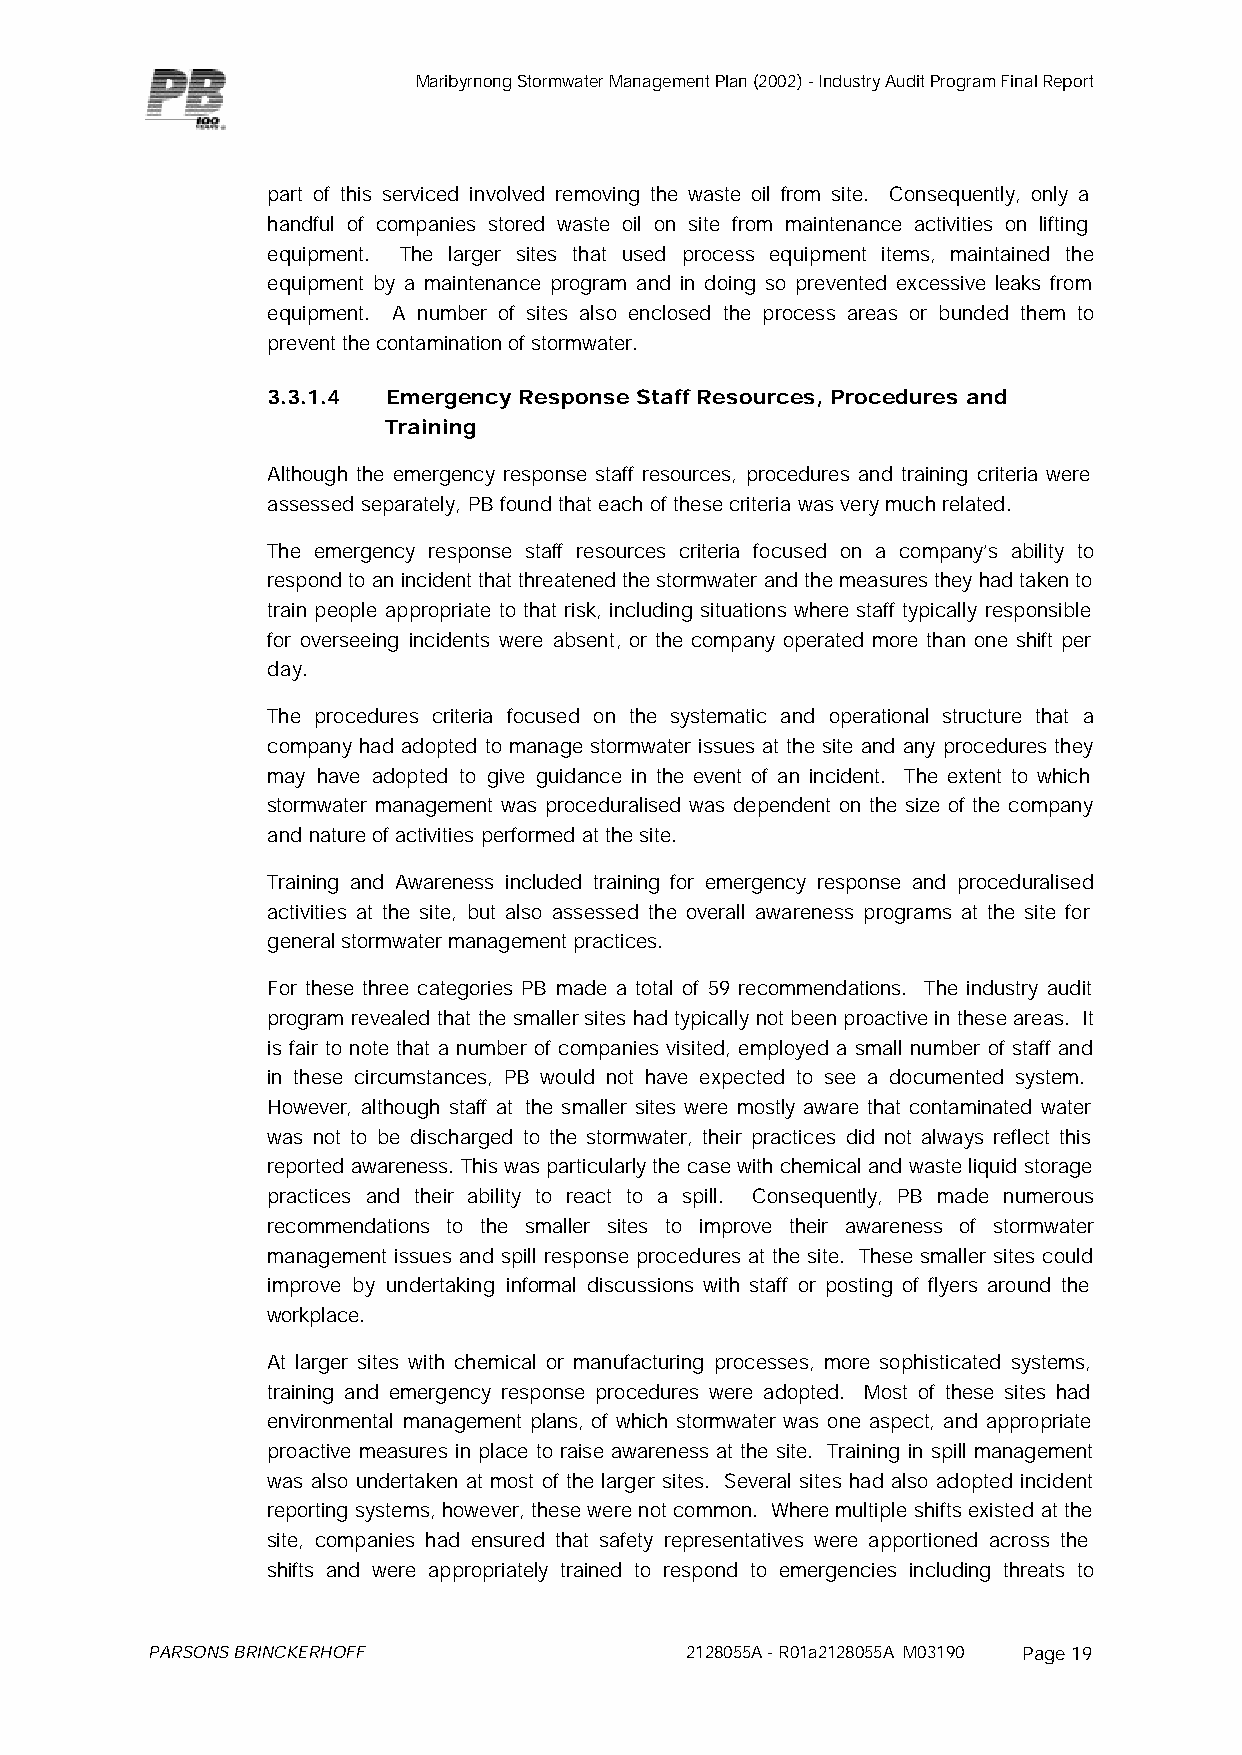
Maribyrnong Stormwater Management Plan (2002) - Industry Audit Program Final Report
 part of this serviced involved removing the waste oil from site. Consequently, only a
 handful of companies stored waste oil on site from maintenance activities on lifting
 equipment. The larger sites that used process equipment items, maintained the
 equipment by a maintenance program and in doing so prevented excessive leaks from
 equipment. A number of sites also enclosed the process areas or bunded them to
 prevent the contamination of stormwater.
 3.3.1.4 Emergency Response Staff Resources, Procedures and
 Training
 Although the emergency response staff resources, procedures and training criteria were
 assessed separately, PB found that each of these criteria was very much related.
 The emergency response staff resources criteria focused on a company’s ability to
 respond to an incident that threatened the stormwater and the measures they had taken to
 train people appropriate to that risk, including situations where staff typically responsible
 for overseeing incidents were absent, or the company operated more than one shift per
 day.
 The procedures criteria focused on the systematic and operational structure that a
 company had adopted to manage stormwater issues at the site and any procedures they
 may have adopted to give guidance in the event of an incident. The extent to which
 stormwater management was proceduralised was dependent on the size of the company
 and nature of activities performed at the site.
 Training and Awareness included training for emergency response and proceduralised
 activities at the site, but also assessed the overall awareness programs at the site for
 general stormwater management practices.
 For these three categories PB made a total of 59 recommendations. The industry audit
 program revealed that the smaller sites had typically not been proactive in these areas. It
 is fair to note that a number of companies visited, employed a small number of staff and
 in these circumstances, PB would not have expected to see a documented system.
 However, although staff at the smaller sites were mostly aware that contaminated water
 was not to be discharged to the stormwater, their practices did not always reflect this
 reported awareness. This was particularly the case with chemical and waste liquid storage
 practices and their ability to react to a spill. Consequently, PB made numerous
 recommendations to the smaller sites to improve their awareness of stormwater
 management issues and spill response procedures at the site. These smaller sites could
 improve by undertaking informal discussions with staff or posting of flyers around the
 workplace.
 At larger sites with chemical or manufacturing processes, more sophisticated systems,
 training and emergency response procedures were adopted. Most of these sites had
 environmental management plans, of which stormwater was one aspect, and appropriate
 proactive measures in place to raise awareness at the site. Training in spill management
 was also undertaken at most of the larger sites. Several sites had also adopted incident
 reporting systems, however, these were not common. Where multiple shifts existed at the
 site, companies had ensured that safety representatives were apportioned across the
 shifts and were appropriately trained to respond to emergencies including threats to
 PARSONS BRINCKERHOFF               2128055A - R01a2128055A M03190 Page 19